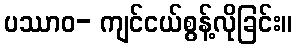
ပဿာဝ- ကျင်ငယ်စွန့်လိုခြင်း။